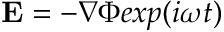
{ \bf E } = - \nabla \Phi e x p ( i \omega t )